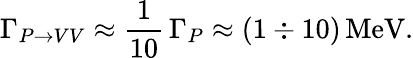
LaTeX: \Gamma_{P\rightarrow VV}\approx{\frac{1}{10}}\, \Gamma_{P}\approx(1\div 10)\, \mathrm{MeV}.